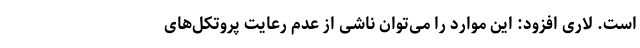
است. لاری افزود: این موارد را می‌توان ناشی از عدم رعایت پروتکل‌های